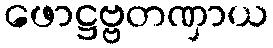
ဖောဋ္ဌဗ္ဗတဏှာယ